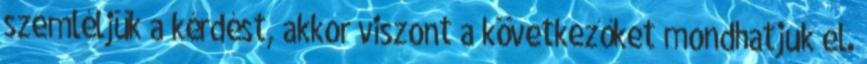
szemléljük a kérdést, akkor viszont a következőket mondhatjuk el.